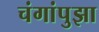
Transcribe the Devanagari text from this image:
चंगांपुझा